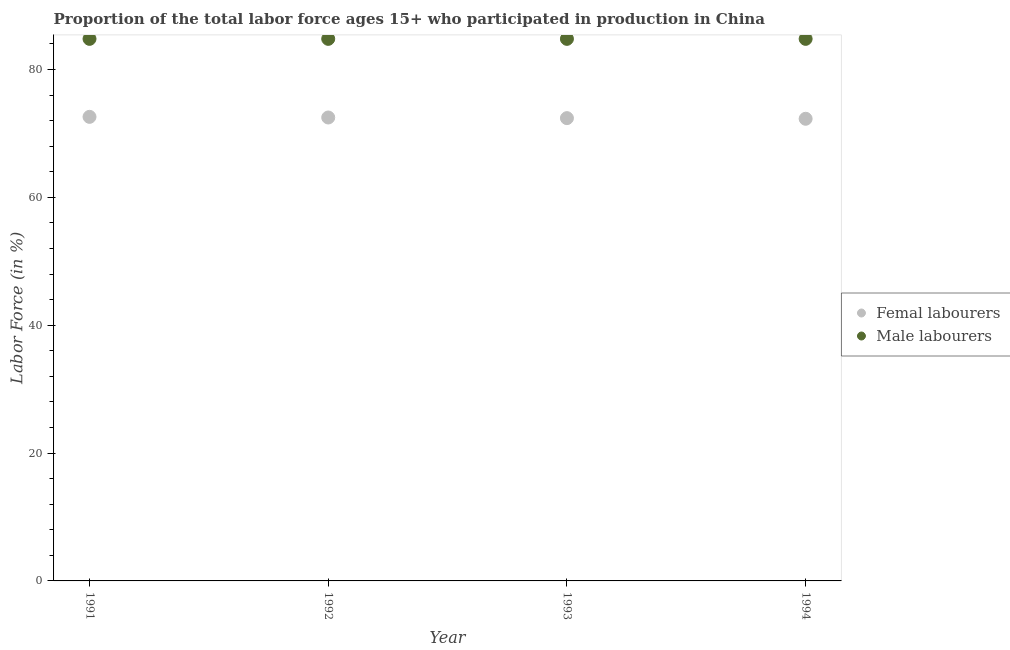
| Year | Femal labourers | Male labourers |
 | --- | --- | --- |
 | 1991 | 72.6 | 84.8 |
 | 1992 | 72.5 | 84.8 |
 | 1993 | 72.4 | 84.8 |
 | 1994 | 72.3 | 84.8 |